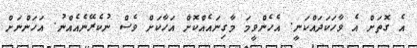
އެ ގޮތަށް އެ ވާހަކަދައްކަނީ. އެހެންވީމަ މާގިނައެއްކޮށް އަހާކަށް ވެސް ނުކެރޭނެއެއްނު. އަހަންނަށް